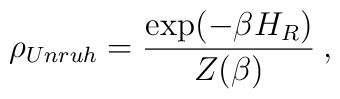
\rho_{Unruh} = \frac{ \exp ( - \beta H_R ) }{ Z ( \beta ) } \>,